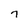
Character: 7